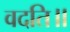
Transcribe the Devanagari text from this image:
वदति॥